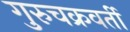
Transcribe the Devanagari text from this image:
गुरुचक्रवर्ती